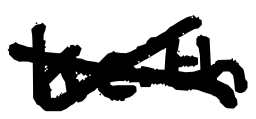
Text: Keith
Cross-out: cross
Writing tool: digital_black